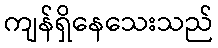
ကျန်ရှိနေသေးသည်